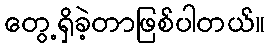
တွေ့ရှိခဲ့တာဖြစ်ပါတယ်။